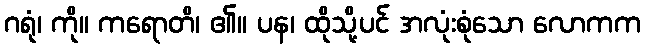
ဂရုံ၊ ကို။ ကရောတိ၊ ၏။ ပန၊ ထိုသို့ပင် အလုံးစုံသော လောကက